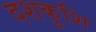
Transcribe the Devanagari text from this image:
दशकुशि